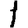
Digit: 1